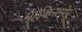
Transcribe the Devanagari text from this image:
माईकसमोर